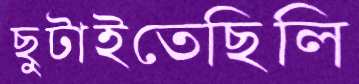
ছুটাইতেছিলি